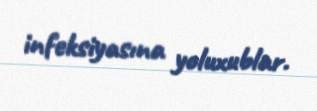
infeksiyasına yoluxublar.